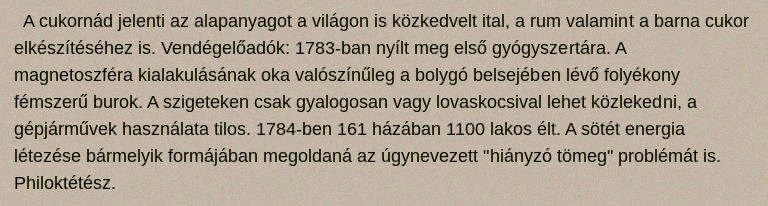
A cukornád jelenti az alapanyagot a világon is közkedvelt ital, a rum valamint a barna cukor elkészítéséhez is. Vendégelőadók: 1783-ban nyílt meg első gyógyszertára. A magnetoszféra kialakulásának oka valószínűleg a bolygó belsejében lévő folyékony fémszerű burok. A szigeteken csak gyalogosan vagy lovaskocsival lehet közlekedni, a gépjárművek használata tilos. 1784-ben 161 házában 1100 lakos élt. A sötét energia létezése bármelyik formájában megoldaná az úgynevezett "hiányzó tömeg" problémát is. Philoktétész.